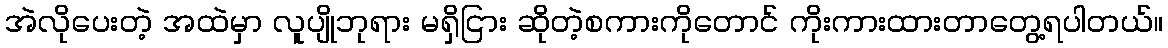
အဲလိုပေးတဲ့ အထဲမှာ လူပျိုဘုရား မရှိငြား ဆိုတဲ့စကားကိုတောင် ကိုးကားထားတာတွေ့ရပါတယ်။